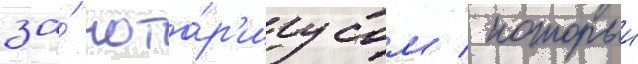
за́ нота́р'иусом / которыи